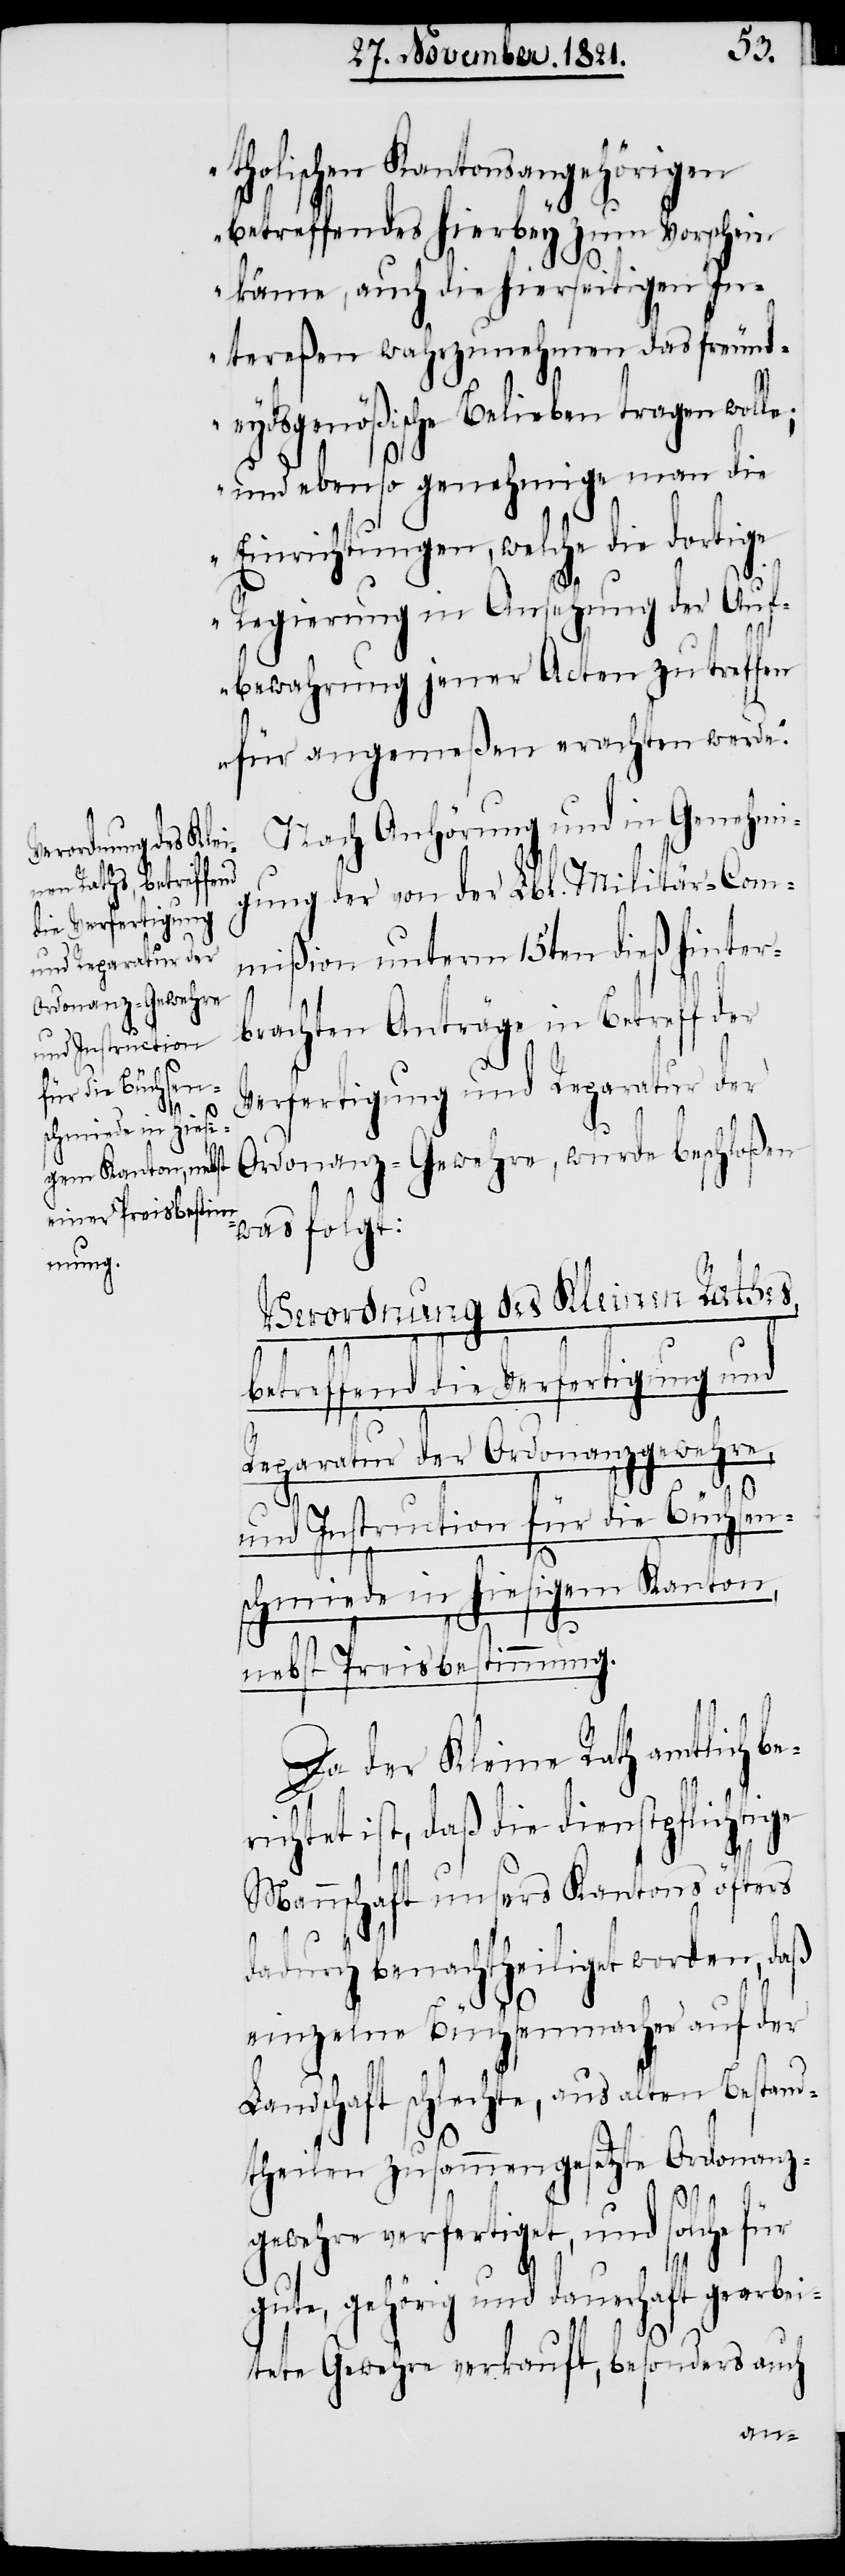
und Instruction
für die Büchsen¬

tholischen Kantonsangehörigen
betreffendes hierbey zum Vorschein
käme, auch die hierseitigen In¬
tereßen wahrzunehmen das freund¬
eydsgenößische Belieben tragen wolle;
und ebenso genehmige man die
Einrichtungen, welche die dortige
Regierung in Ansehung der Auf¬
bewahrung jener Acten zu treffen
für angemeßen erachten werde.“
Nach Anhörung und in Genehmi¬
gung der von der Lbl. Militär-Com¬
mißion unterm 15ten dieß hinter¬
brachten Anträge in Betreff der
Verfertigung und Reparatur der
Ordonanz-Gewehre, wurde beschloßen
was folgt:
Verordnung des Kleinen Rathes,
betreffend die Verfertigung und
Reparatur der Ordonanzgewehre,
schmiede in hiesigem Kanton,
nebst Preisbestimmung.
Da der Kleine Rath amtlich be¬
richtet ist, daß die dienstpflichtige
Mannschaft unsers Kantons öfters
dadurch benachtheiliget worden, daß
einzelne Büchsenmacher auf der
Landschaft schlechte, aus alten Bestand¬
theilen zusammengesetzte Ordonanz¬
gewehre verfertiget, und solche für
gute, gehörig und dauerhaft gearbei¬
tete Gewehre verkauft, besonders auch